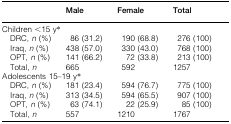
<table><thead><tr><td></td><td><b>Male</b></td><td><b>Female</b></td><td><b>Total</b></td></tr></thead><tbody><tr><td colspan="4">Children &lt;15 y*</td></tr><tr><td>DRC, <i>n</i> (%)</td><td>86 (31·2)</td><td>190 (68·8)</td><td>276 (100)</td></tr><tr><td>Iraq, <i>n</i> (%)</td><td>438 (57·0)</td><td>330 (43·0)</td><td>768 (100)</td></tr><tr><td>OPT, <i>n</i> (%)</td><td>141 (66·2)</td><td>72 (33·8)</td><td>213 (100)</td></tr><tr><td>Total, <i>n</i></td><td>665</td><td>592</td><td>1257</td></tr><tr><td colspan="4">Adolescents 15–19 y*</td></tr><tr><td>DRC, <i>n</i> (%)</td><td>181 (23·4)</td><td>594 (76·7)</td><td>775 (100)</td></tr><tr><td>Iraq, <i>n</i> (%)</td><td>313 (34·5)</td><td>594 (65·5)</td><td>907 (100)</td></tr><tr><td>OPT, <i>n</i> (%)</td><td>63 (74·1)</td><td>22 (25·9)</td><td>85 (100)</td></tr><tr><td>Total, <i>n</i></td><td>557</td><td>1210</td><td>1767</td></tr></tbody></table>